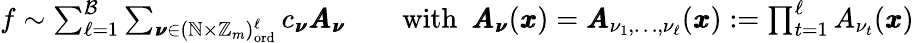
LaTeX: \begin{array}{r}{f\sim\sum_{\ell=1}^{\mathcal{B}}\sum_{\pmb{\nu}\in(\mathbb{N}\times\mathbb{Z}_{m})_{\mathrm{ord}}^{\ell}}c_{\pmb{\nu}}\pmb{A}_{\pmb{\nu}}\qquad\mathrm{with}~~\pmb{A}_{\pmb{\nu}}(\pmb{x})=\pmb{A}_{\nu_{1},\dots,\nu_{\ell}}(\pmb{x}):=\prod_{t=1}^{\ell}A_{\nu_{t}}(\pmb{x})}\end{array}